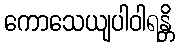
ကောသေယျပါဝါရန္တိ